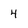
Character: 4